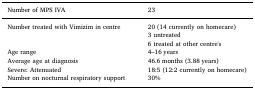
<table><thead><tr><td><b>Number of MPS IVA</b></td><td><b>23</b></td></tr></thead><tbody><tr><td>Number treated with Vimizim in centre</td><td>20 (14 currently on homecare)3 untreated6 treated at other centre&#x27;s</td></tr><tr><td>Age range</td><td>4–16 years</td></tr><tr><td>Average age at diagnosis</td><td>46.6 months (3.88 years)</td></tr><tr><td>Severe: Attenuated</td><td>18:5 (12:2 currently on homecare)</td></tr><tr><td>Number on nocturnal respiratory support</td><td>30%</td></tr></tbody></table>